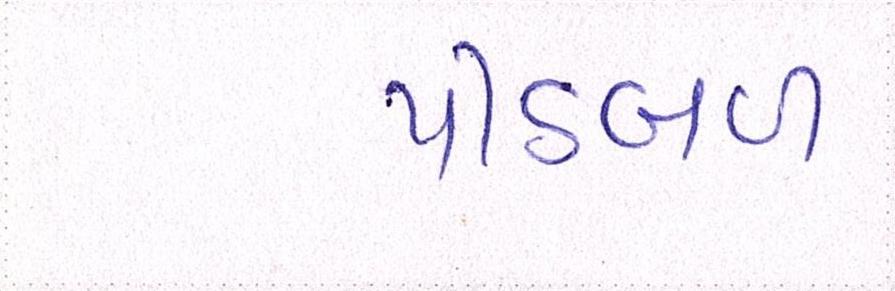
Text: પીઠબળ